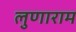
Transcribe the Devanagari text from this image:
लुणाराम